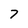
Character: 7